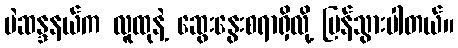
မဲဆန္ဒနယ်က လူထုနဲ့ ဆွေးနွေးစရာရှိလို့ ပြန်သွားပါတယ်။